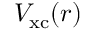
V _ { \mathrm { x c } } ( \ensuremath { \boldsymbol { r } } )